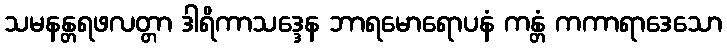
သမနန္တရဖလတ္တာ ဒါရိကာသဒ္ဒေန ဘာရမောရောပနံ ကန္တံ ကကာရာဒေသော